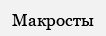
Макросты